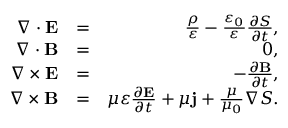
\begin{array} { r l r } { \nabla \cdot \mathbf { E } } & { = } & { \frac { \rho } { \varepsilon } - \frac { \varepsilon _ { 0 } } { \varepsilon } \frac { \partial S } { \partial t } , } \\ { \nabla \cdot \mathbf { B } } & { = } & { 0 , } \\ { \nabla \times \mathbf { E } } & { = } & { - \frac { \partial \mathbf { B } } { \partial t } , } \\ { \nabla \times \mathbf { B } } & { = } & { \mu \varepsilon \frac { \partial \mathbf { E } } { \partial t } + \mu \mathbf { j } + \frac { \mu } { \mu _ { 0 } } \nabla S . } \end{array}